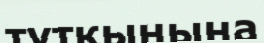
түтқынына